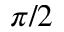
\pi / 2